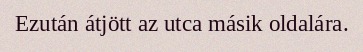
Ezután átjött az utca másik oldalára.